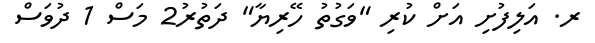
ރ. އަލިފުށި އަށް ކުރި "ވަގުތު ހޭރިޔާ" ދަތުރު2 މަސް 1 ދުވަސް